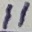
Text: 11